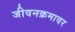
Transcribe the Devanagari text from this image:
जीवनक्रमावर